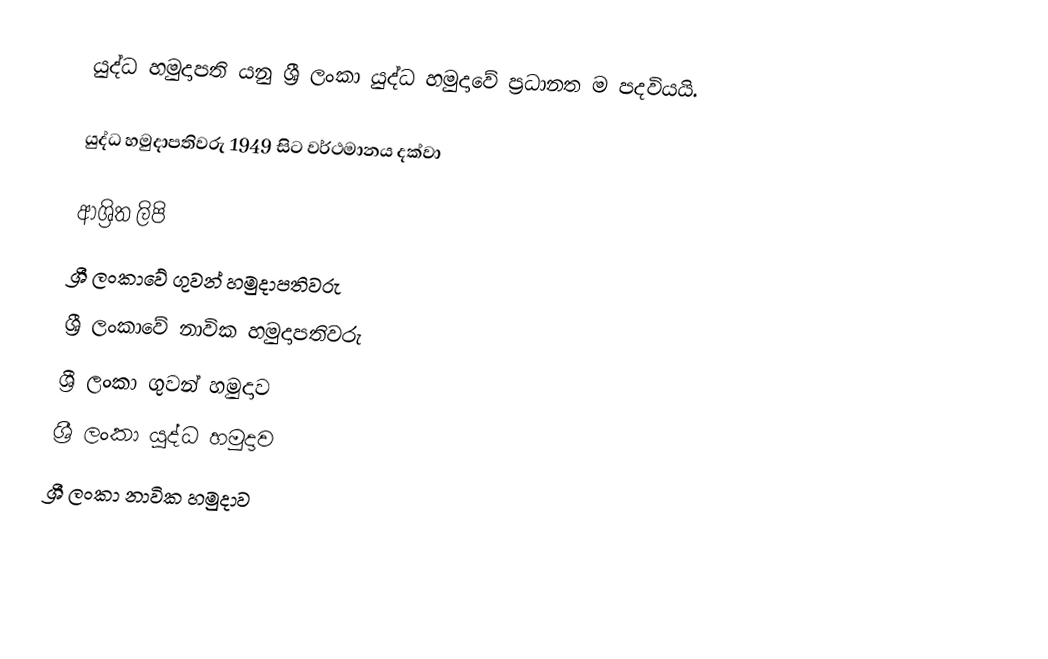
යුද්ධ හමුදාපති යනු ශ්‍රී ලංකා යුද්ධ හමුදාවේ ප්‍රධානත ම පදවියයි.

යුද්ධ හමුදාපතිවරු 1949 සිට වර්ථමානය දක්වා

ආශ්‍රිත ලිපි
ශ්‍රී ලංකාවේ ගුවන් හමුදාපතිවරු
ශ්‍රී ලංකාවේ නාවික හමුදාපතිවරු
ශ්‍රී ලංකා ගුවන් හමුදාව
ශ්‍රී ලංකා යුද්ධ හමුදාව
ශ්‍රී ලංකා නාවික හමුදාව